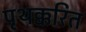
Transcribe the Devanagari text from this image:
पृथक्करित